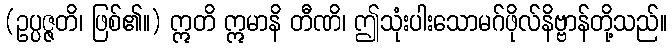
(ဥပ္ပဇ္ဇတိ၊ ဖြစ်၏။) ဣတိ ဣမာနိ တီဏိ၊ ဤသုံးပါးသောမဂ်ဖိုလ်နိဗ္ဗာန်တို့သည်။